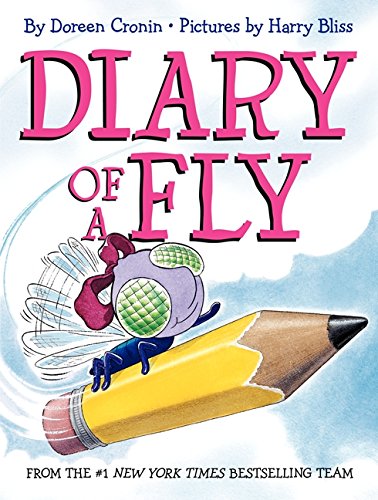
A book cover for Diary of a Fly; Doreen Cronin; Children's Books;